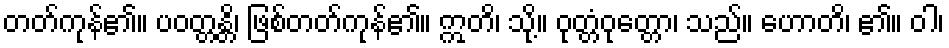
တတ်ကုန်၏။ ပဝတ္တန္တိ၊ ဖြစ်တတ်ကုန်၏။ ဣတိ၊ သို့။ ဝုတ္တံဝုတ္တော၊ သည်။ ဟောတိ၊ ၏။ ဝါ၊